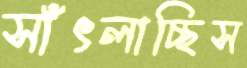
সাঁৎলাচ্ছিস